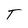
Character: T